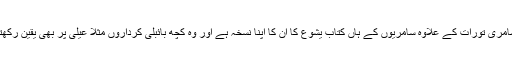
[10] سامری تورات کے علاوہ سامریوں کے ہاں کتاب یشوع کا ان کا اپنا نسخہ ہے اور وہ کچھ بائبلی کرداروں مثلاً عیلی پر بھی یقین رکھتے ہیں۔